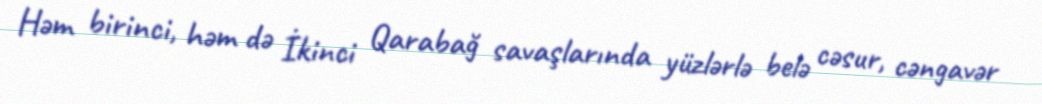
Həm birinci, həm də İkinci Qarabağ savaşlarında yüzlərlə belə cəsur, cəngavər